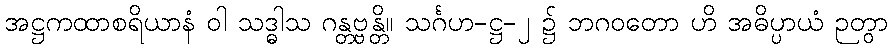
အဋ္ဌကထာစရိယာနံ ဝါ သဒ္ဓါသ ဂန္တဗ္ဗန္တိ။ သင်္ဂဟ-ဋ္ဌ-၂ ၌ ဘဂဝတော ဟိ အဓိပ္ပာယံ ဉတွာ